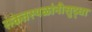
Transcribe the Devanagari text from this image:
संकेतस्थळांनीसुद्धा